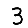
Digit: 3